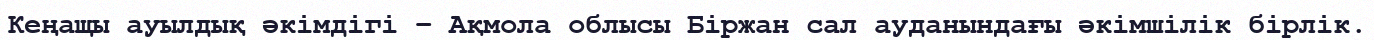
Кеңащы ауылдық әкімдігі – Ақмола облысы Біржан сал ауданындағы әкімшілік бірлік.